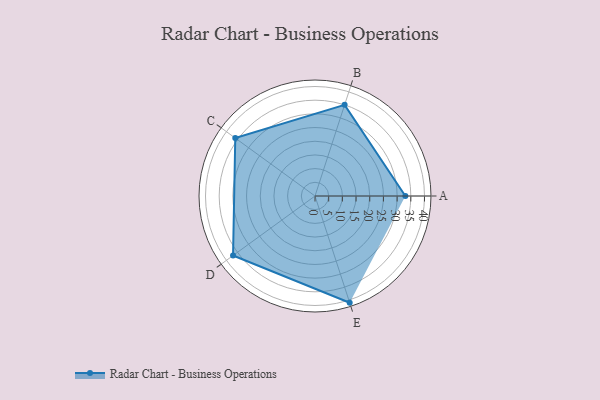
{"axis": {"x": "Skill", "y": "Score"}, "legend": ["Profile"], "data": [{"x": "A", "y": 33.0, "type": "Profile"}, {"x": "B", "y": 35.0, "type": "Profile"}, {"x": "C", "y": 36.0, "type": "Profile"}, {"x": "D", "y": 37.0, "type": "Profile"}, {"x": "E", "y": 41.0, "type": "Profile"}]}